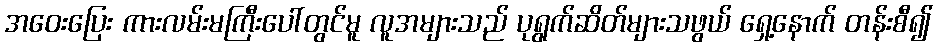
အဝေးပြေး ကားလမ်းမကြီးပေါ်တွင်မူ လူအများသည် ပုရွက်ဆိတ်များသဖွယ် ရှေ့နောက် တန်းစီ၍